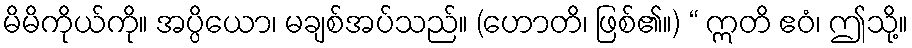
မိမိကိုယ်ကို။ အပ္ပိယော၊ မချစ်အပ်သည်။ (ဟောတိ၊ ဖြစ်၏။) “ ဣတိ ဧဝံ၊ ဤသို့။